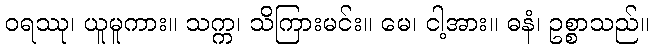
ဝရဿု၊ ယူမူကား။ သက္က၊ သိကြားမင်း။ မေ၊ ငါ့အား။ ဓနံ၊ ဥစ္စာသည်။